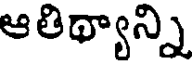
ఆతిథ్యాన్ని